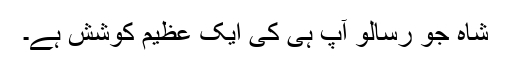
شاہ جو رسالو آپ ہی کی ایک عظیم کوشش ہے۔